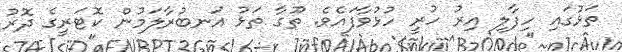
ތަޅުގައި ހިފާލި އިރު ހުރީ ހުޅުވާފައެވެ. ތޫގާ ތަޅު އަނބުރާލަމުން ކޮޓަރީގެ ދޮރު